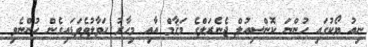
ނިއު ޔޯކުގައި ހުންނަ ކޮންސިއުލް ޖެނެރަލްގެ މަޤާމް އާއި މިހާރު ހަވާލުވެވަޑައިގެން ހުންނެވި